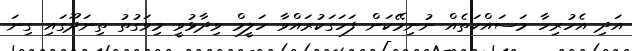
އަދި އެހުރިހާ މަސައްކަތެއް ނުނިމޭކަން ފަހަގަކުރައްވާ ހަލީމް ވިދާޅުވީ މިވަގުތު ތިނަދޫގައި ގިނަ